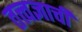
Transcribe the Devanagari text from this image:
तत्त्वज्ञाची